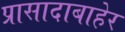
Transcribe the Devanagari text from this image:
प्रासादाबाहेर